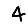
Digit: 4